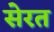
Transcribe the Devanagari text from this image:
सेरत